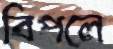
বিপলে